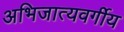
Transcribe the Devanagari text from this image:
अभिजात्यवर्गीय